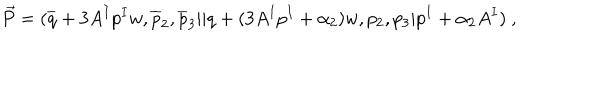
{ \vec { P } } = ( { \overline { { q } } } + 3 A ^ { I } p ^ { I } w , { \overline { { p } } } _ { 2 } , { \overline { { p } } } _ { 3 } \vert \vert q + ( 3 A ^ { I } p ^ { I } + \alpha _ { 2 } ) w , p _ { 2 } , p _ { 3 } \vert p ^ { I } + \alpha _ { 2 } A ^ { I } ) ~ ,